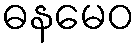
ဓနမေဝ